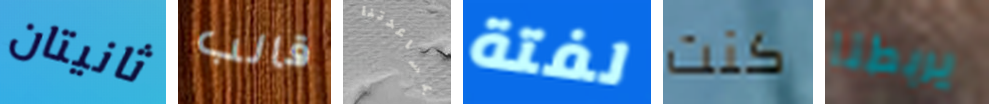
ثانيتان قالب بمساعدتنا لفتة كنت يربطنا